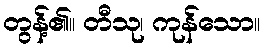
တွန့်၏။ တီသု၊ ကုန်သော။